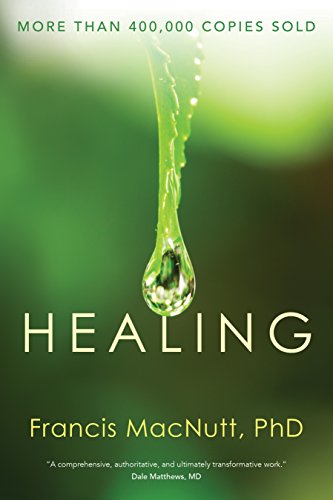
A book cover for Healing; Francis Macnutt; Christian Books & Bibles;